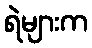
ရဲများက